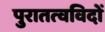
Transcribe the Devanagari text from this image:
पुरातत्‍वविदों